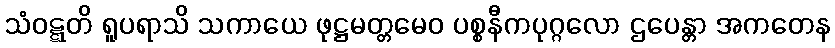
သံဝဋ္ဋတိ ရူပရာသိ သကာယေ ဖုဋ္ဌမတ္တမေဝ ပစ္စနီကပုဂ္ဂလော ဌပေန္တာ အကတေန